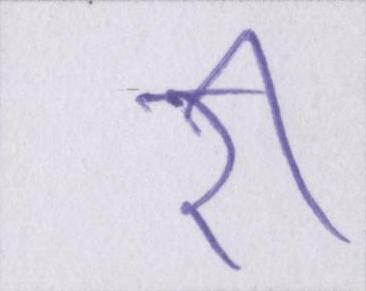
री